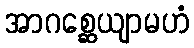
အာဂစ္ဆေယျာမဟံ